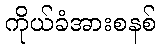
ကိုယ်ခံအားစနစ်